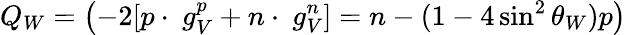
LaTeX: Q_{W}=\left(-2[p\cdot~g_{V}^{p}+n\cdot~g_{V}^{n}]=n-(1-4\sin^{2}\theta_{W})p\right)